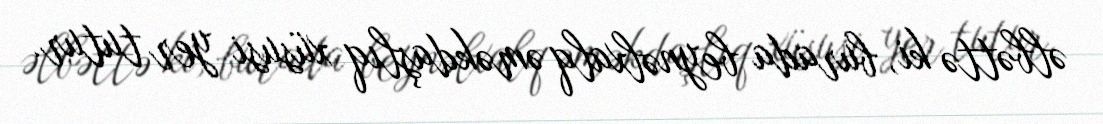
əlbəttə ki, burada beynəlxalq əməkdaşlıq xüsusi yer tutur.